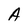
Character: A